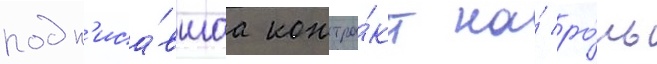
подп'иса́вшаа контра́кт на́ ро́ль